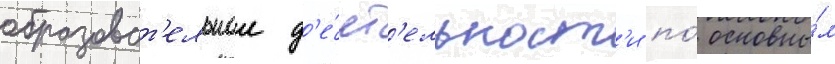
образоват'ельнои д'е́ят'ельност'и по́ основны́м